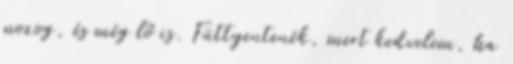
mozog, és még lő is. Füttyentenék, mert kedvelem, ha